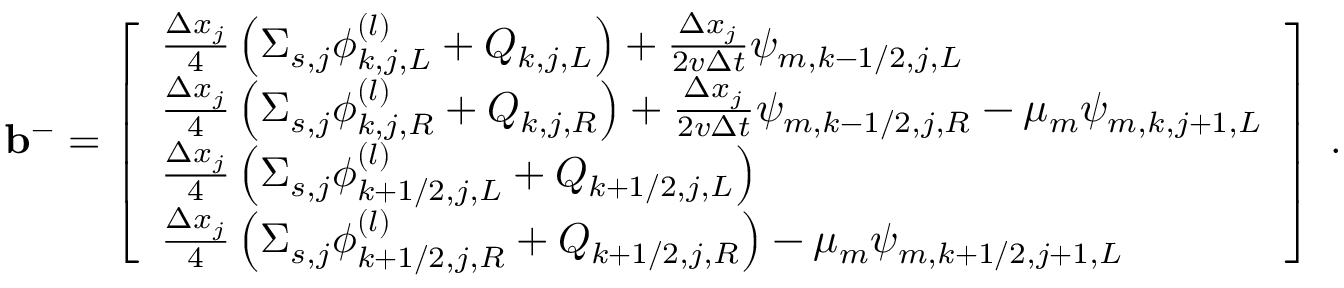
\mathbf { b } ^ { - } = \left[ \begin{array} { l } { \frac { \Delta x _ { j } } { 4 } \left( \Sigma _ { s , j } \phi _ { k , j , L } ^ { ( l ) } + Q _ { k , j , L } \right) + \frac { \Delta x _ { j } } { 2 v \Delta t } \psi _ { m , k - 1 / 2 , j , L } } \\ { \frac { \Delta x _ { j } } { 4 } \left( \Sigma _ { s , j } \phi _ { k , j , R } ^ { ( l ) } + Q _ { k , j , R } \right) + \frac { \Delta x _ { j } } { 2 v \Delta t } \psi _ { m , k - 1 / 2 , j , R } - \mu _ { m } \psi _ { m , k , j + 1 , L } } \\ { \frac { \Delta x _ { j } } { 4 } \left( \Sigma _ { s , j } \phi _ { k + 1 / 2 , j , L } ^ { ( l ) } + Q _ { k + 1 / 2 , j , L } \right) } \\ { \frac { \Delta x _ { j } } { 4 } \left( \Sigma _ { s , j } \phi _ { k + 1 / 2 , j , R } ^ { ( l ) } + Q _ { k + 1 / 2 , j , R } \right) - \mu _ { m } \psi _ { m , k + 1 / 2 , j + 1 , L } } \end{array} \right] \; .